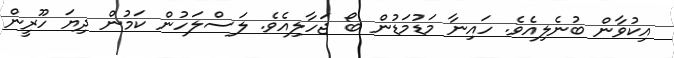
އިކުވާން ބުނެލިއެވެ. ހައިނާ މަޑުމަޑުން ބޯ ޖަހާލިއެވެ. ލަސްލަހުން ކަމުން ދިޔަ ހޫރީން